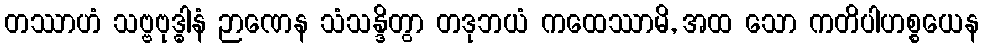
တဿာဟံ သဗ္ဗဗုဒ္ဓါနံ ဉာဏေန သံသန္ဒိတွာ တဒုဘယံ ကထေဿာမိ, အထ သော ကတိပါဟစ္စယေန